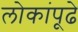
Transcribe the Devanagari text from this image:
लोकांपूढे